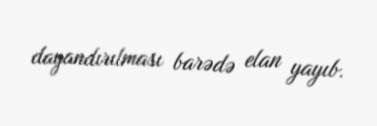
dayandırılması barədə elan yayıb.